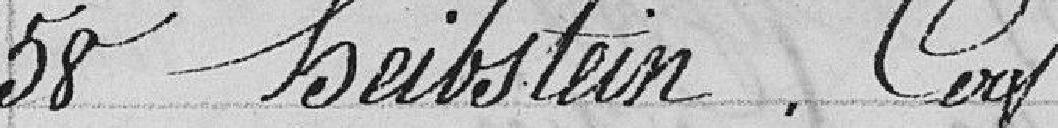
58 Heibstein, Cerf